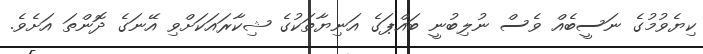
ކިޔެވުމުގެ ނަސީބެއް ވެސް ނުލިބުނީ ބައްޕަގެ އަނިޔާތަކުގެ ޝިކާރައަކަށްވި އޭނަގެ ދޮންތަ އަށެވެ.